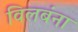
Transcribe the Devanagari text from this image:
विलबंना